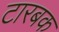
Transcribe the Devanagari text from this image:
टारबक